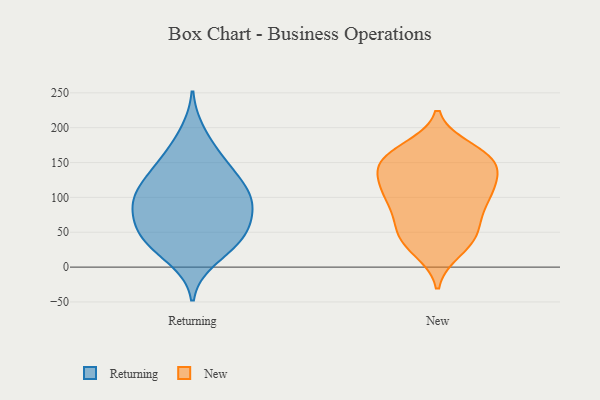
{"axis": {"x": "Energy Usage (MWh)", "y": "Value"}, "legend": ["New", "Returning"], "data": [{"x": "", "y": 21, "type": "Returning"}, {"x": "", "y": 83, "type": "Returning"}, {"x": "", "y": 115, "type": "Returning"}, {"x": "", "y": 70, "type": "Returning"}, {"x": "", "y": 120, "type": "Returning"}, {"x": "", "y": 97, "type": "Returning"}, {"x": "", "y": 50, "type": "Returning"}, {"x": "", "y": 48, "type": "Returning"}, {"x": "", "y": 148, "type": "Returning"}, {"x": "", "y": 147, "type": "Returning"}, {"x": "", "y": 122, "type": "Returning"}, {"x": "", "y": 93, "type": "Returning"}, {"x": "", "y": 194, "type": "Returning"}, {"x": "", "y": 163, "type": "Returning"}, {"x": "", "y": 47, "type": "Returning"}, {"x": "", "y": 52, "type": "Returning"}, {"x": "", "y": 88, "type": "Returning"}, {"x": "", "y": 98, "type": "Returning"}, {"x": "", "y": 10, "type": "Returning"}, {"x": "", "y": 34, "type": "Returning"}, {"x": "", "y": 115, "type": "New"}, {"x": "", "y": 40, "type": "New"}, {"x": "", "y": 40, "type": "New"}, {"x": "", "y": 104, "type": "New"}, {"x": "", "y": 126, "type": "New"}, {"x": "", "y": 108, "type": "New"}, {"x": "", "y": 152, "type": "New"}, {"x": "", "y": 159, "type": "New"}, {"x": "", "y": 155, "type": "New"}, {"x": "", "y": 152, "type": "New"}, {"x": "", "y": 86, "type": "New"}, {"x": "", "y": 169, "type": "New"}, {"x": "", "y": 38, "type": "New"}, {"x": "", "y": 156, "type": "New"}, {"x": "", "y": 113, "type": "New"}, {"x": "", "y": 24, "type": "New"}, {"x": "", "y": 66, "type": "New"}, {"x": "", "y": 93, "type": "New"}, {"x": "", "y": 61, "type": "New"}, {"x": "", "y": 145, "type": "New"}]}